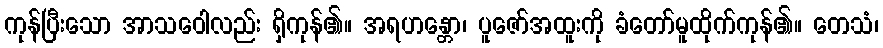
ကုန်ပြီးသော အာသဝေါလည်း ရှိကုန်၏။ အရဟန္တော၊ ပူဇော်အထူးကို ခံတော်မူထိုက်ကုန်၏။ တေသံ၊